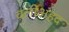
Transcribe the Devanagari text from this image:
वलीअहद